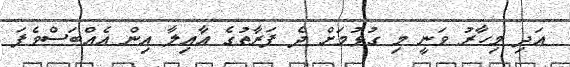
އަދި މިހާރު ވަނީ މި ގުޅުމަށް ދެ ފަރާތުގެ އާއިލާ އިން އެއްބަސްވެފަ